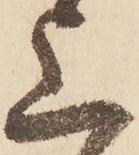
上